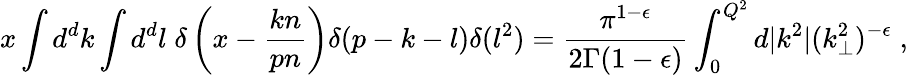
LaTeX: x\int d^{d}k\int d^{d}l\; \delta\left(x-\frac{kn}{pn}\right)\delta(p-k-l)\delta(l^{2})=\frac{\pi^{1-\epsilon}}{2\Gamma(1-\epsilon)}\int_{0}^{Q^{2}}d|k^{2}|(k_{\perp}^{2})^{-\epsilon}\; ,